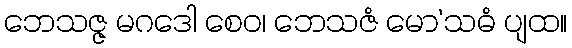
ဘေသဇ္ဇ မဂဒေါ စေဝ၊ ဘေသဇံ မော’သဓံ ပျထ။